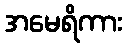
အမေရိကား